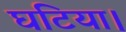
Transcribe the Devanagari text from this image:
घटिया।